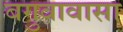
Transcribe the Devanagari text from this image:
बगुवावासा